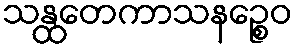
သန္ထတေကာသနဉ္စေဝ